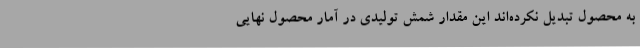
به محصول تبدیل نکرده‌اند این مقدار شمش تولیدی در آمار محصول نهایی